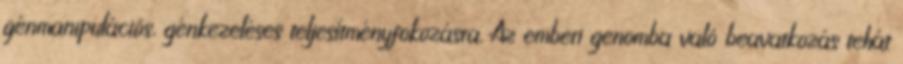
génmanipulációs, génkezeléses teljesítményfokozásra. Az emberi genomba való beavatkozás tehát